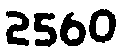
2560